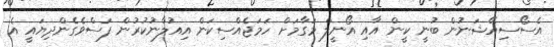
އެސޯސިއޭޝަނުން ބުނީ ކީން އާއި އޯނީލް މަގާމަށް ހަމަޖެއްސިކަން އިއުލާނުކުރުން ފަސްވެގެންދިޔައީ އެ